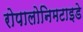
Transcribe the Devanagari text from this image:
रोपालोनिमटाइडे